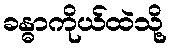
ခန္ဓာကိုယ်ထဲသို့